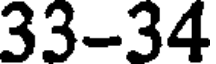
33-34